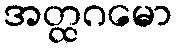
အတ္ထဂမော